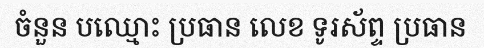
ចំនួន បឈ្មោះ ប្រធាន លេខ ទូរស័ព្ទ ប្រធាន